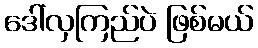
ဒေါ်လှကြည်ပဲ ဖြစ်မယ်